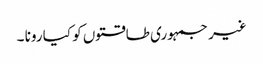
غیر جمہوری طاقتوں کو کیا رونا ۔